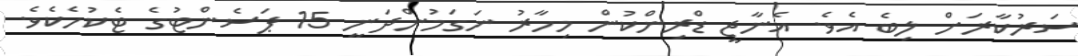
ސަރުކާރަށް ލިބެ އެވެ. އެނާޖީ ޑްރިންކުން މިހާރު ނަގަމުންދަނީ 15 ޕަސެންޓުގެ ޓެކުހެކެވެ.